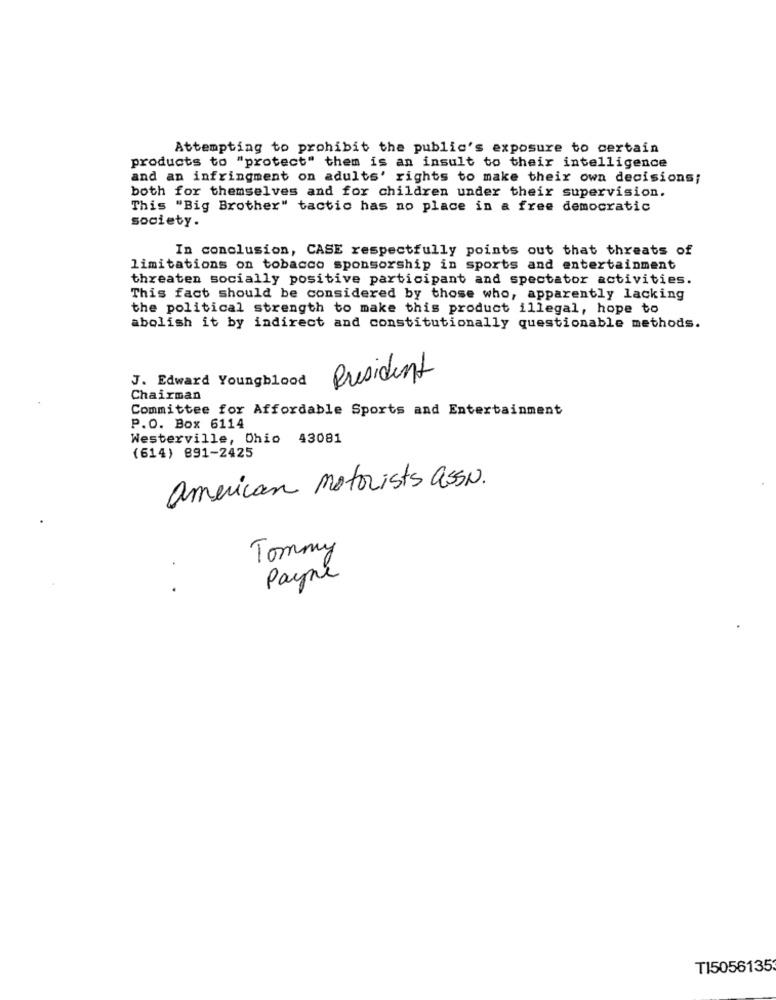
Attempting to prohibit the public's exposure to certain
products to "protect" them is an insult to their intelligence
and an infringment on adults' rights to make their own decisions;
both for themselves and for children under their supervision.
This "Big Brother" tactic has no place in a free democratic
society.
In conclusion, CASE respectfully points out that threats of
limitations on tobacco sponsorship in sports and entertainment
threaten socially positive participant and spectator activities.
This fact should be considered by those who, apparently lacking
the political strength to make this product illegal, hope to
abolish it by indirect and constitutionally questionable methods.
J. Edward Youngblood
President
Chairman
Committee for Affordable Sports and Entertainment
P.O. Box 6114
Westerville, Ohio 43081
(614) 891-2425
american motorists assN.
Tommy
Payne
T15056135